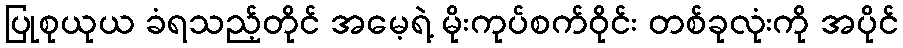
ပြုစုယုယ ခံရသည့်တိုင် အမေ့ရဲ့ မိုးကုပ်စက်ဝိုင်း တစ်ခုလုံးကို အပိုင်